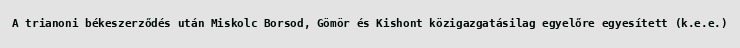
A trianoni békeszerződés után Miskolc Borsod, Gömör és Kishont közigazgatásilag egyelőre egyesített (k.e.e.)